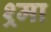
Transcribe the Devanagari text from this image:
श्र्मा